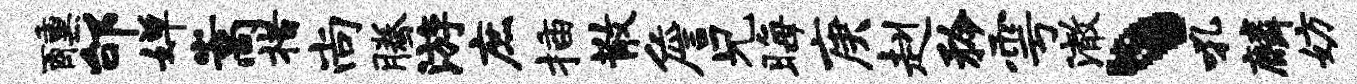
醺邰婵嵩措尚腾游庶插散詹兄晦庚赳矜雩澈丶吼麟妨